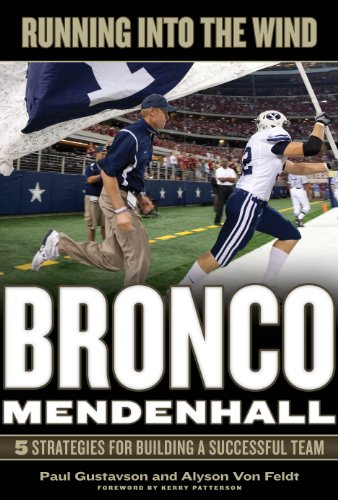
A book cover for Running into the Wind: Bronco Mendenhall--5 Strategies for Building a Successful Team; Paul Gustavson; Sports & Outdoors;